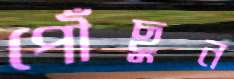
পৌঁছুন